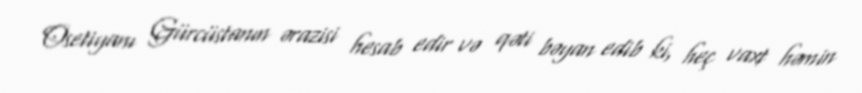
Osetiyanı Gürcüstanın ərazisi hesab edir və qəti bəyan edib ki, heç vaxt həmin